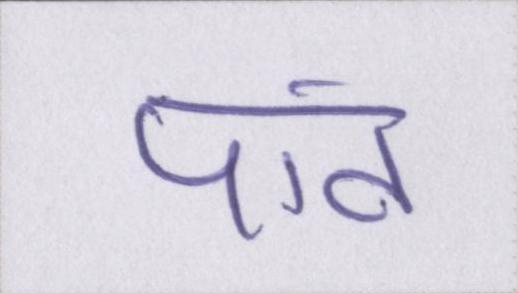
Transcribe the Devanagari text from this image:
पांव